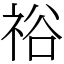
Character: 𥙿